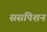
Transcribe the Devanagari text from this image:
ससपिशन